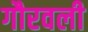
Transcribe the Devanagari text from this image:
गौरवली